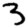
Digit: 3